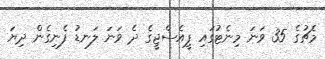
މެޗުގެ 35 ވަނަ މިނެޓުގައި ޕީއެސްޖީގެ ދެ ވަނަ ލަނޑު ފެނިގެން ދިޔަ